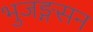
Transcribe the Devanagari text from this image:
भुजङ्गसन